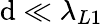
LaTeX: \mathrm{d}\ll\lambda_{L1}